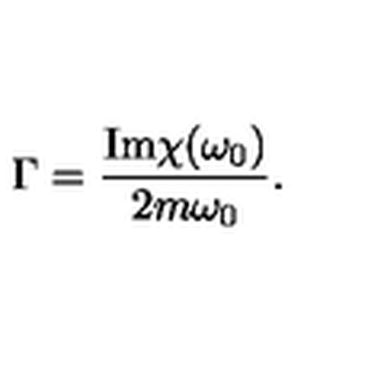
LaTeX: \Gamma = \frac { \mathrm { I m } \chi ( \omega _ { 0 } ) } { 2 m \omega _ { 0 } } .